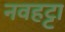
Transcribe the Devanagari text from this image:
नवहट्टा